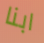
ابنا